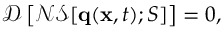
\mathcal { D } \left[ \mathcal { N S } [ \mathbf { q } ( \mathbf { x } , t ) ; S ] \right] = 0 ,